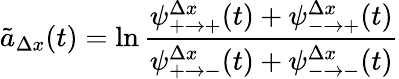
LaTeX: \tilde{a}_{\Delta x}(t)=\ln\frac{\psi_{+\to+}^{\Delta x}(t)+\psi_{-\to+}^{\Delta x}(t)}{\psi_{+\to-}^{\Delta x}(t)+\psi_{-\to-}^{\Delta x}(t)}